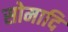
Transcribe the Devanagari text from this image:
सोमादि